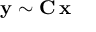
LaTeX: \mathbf { y } \sim \mathbf { C } \, \mathbf { x }